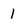
Character: 1